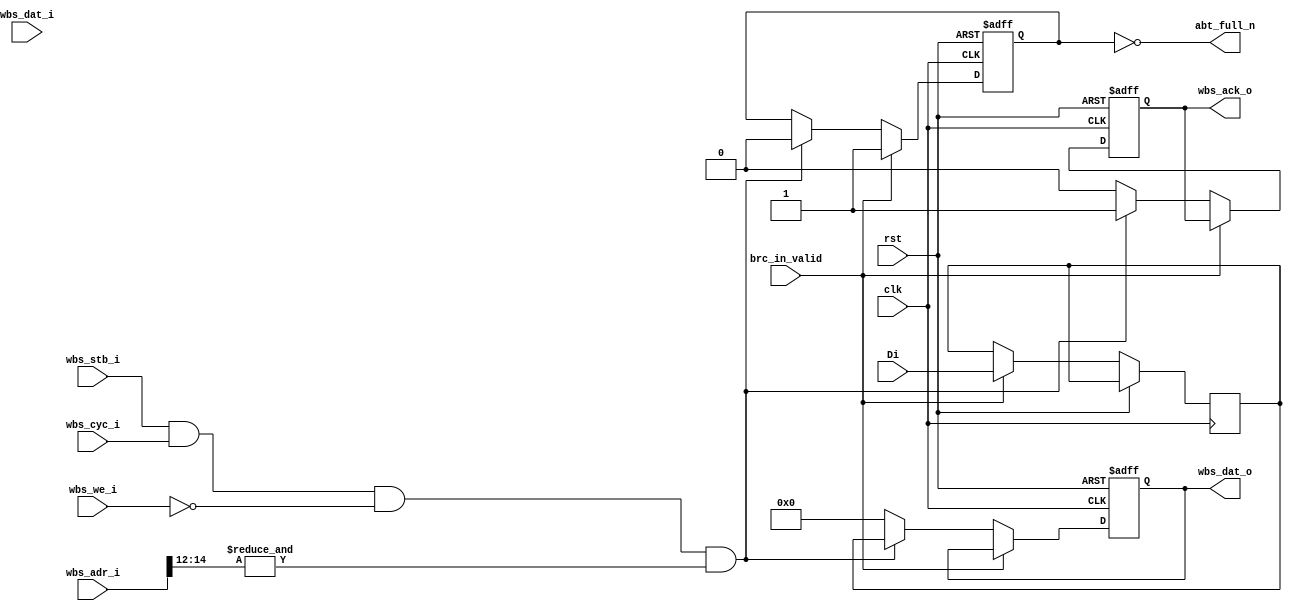
// FIFO size only 32bits
// 32 bit  output reg  FIFO reg 
module data_FIFO (
    /* System */
    input clk , 
    input rst ,

    /* To arbiter */
    output abt_full_n ,

    /* From controller */
    input brc_in_valid ,
    input [31:0] Di ,

    /* From WB bus */
    // Wishbone Slave ports
    input wbs_stb_i ,
    input wbs_cyc_i ,
    input wbs_we_i ,
    // input [3:0] wbs_sel_i ,
    input [31:0] wbs_dat_i ,
    input [31:0] wbs_adr_i ,
    
    /* To WB bus */
    output wbs_ack_o ,
    output [31:0] wbs_dat_o 
);
wire IsAcessFIFO ;
wire Isu1addr ;
assign Isu1addr = &(wbs_adr_i[14:12]);
assign IsAcessFIFO = (wbs_stb_i & wbs_cyc_i & ~wbs_we_i & Isu1addr ) ;

reg [31:0] FIFO_reg ;
reg full ;
assign abt_full_n = ~full ;

reg wbs_ack_q ;
reg [31:0] wbs_dat_o_q ;
assign wbs_ack_o = wbs_ack_q ;
assign wbs_dat_o = wbs_dat_o_q ;
always @(posedge clk or posedge rst) begin
    if (rst) begin
        full <= 0 ;
        wbs_ack_q <= 0 ;
        wbs_dat_o_q <= 32'd0 ;
    end else if (brc_in_valid) begin
        FIFO_reg <= Di ;
        full <= 1 ;
    end else if (IsAcessFIFO) begin
        wbs_ack_q <= 1 ;
        wbs_dat_o_q <= FIFO_reg ;
        full <= 0 ;
    end else begin
        wbs_ack_q <= 0 ;
        wbs_dat_o_q <= 32'd0 ;
    end
end
    
endmodule